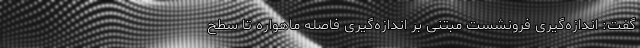
گفت: اندازه‌گیری فرونشست مبتنی بر اندازه‌گیری فاصله ماهواره تا سطح